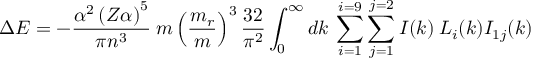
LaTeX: \Delta E = - \frac { \alpha ^ { 2 } \left( Z \alpha \right) ^ { 5 } } { \pi n ^ { 3 } } \: { m } \left( \frac { m _ { r } } { m } \right) ^ { 3 } \frac { 3 2 } { \pi ^ { 2 } } \int _ { 0 } ^ { \infty } d k \: \sum _ { i = 1 } ^ { i = 9 } \sum _ { j = 1 } ^ { j = 2 } { I } ( k ) \: L _ { i } ( k ) { I } _ { 1 j } ( k ) \: